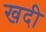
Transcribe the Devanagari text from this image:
खदी